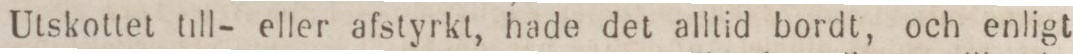
Utskottet till- eller afstyrkt, hade det alltid bordt, och enligt